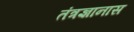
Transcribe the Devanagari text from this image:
तंत्रज्ञानास